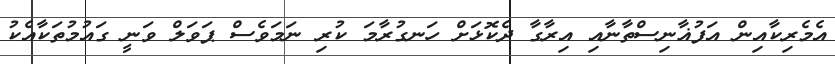
އެމެރިކާއިން އަފުޣާނިސްތާނާއި އިރާގާ ދެކޮޅަށް ހަނގުރާމަ ކުރި ނަމަވެސް ޕަވަލް ވަނީ ގައުމުތަކާއެކު